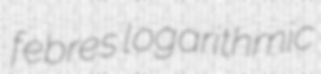
febres logarithmic